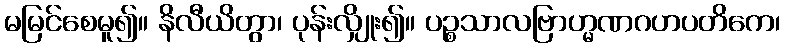
မမြင်စေမူ၍။ နိလီယိတွာ၊ ပုန်းလျှိုး၍။ ပဉ္စသာလဗြာဟ္မဏဂဟပတိကေ၊